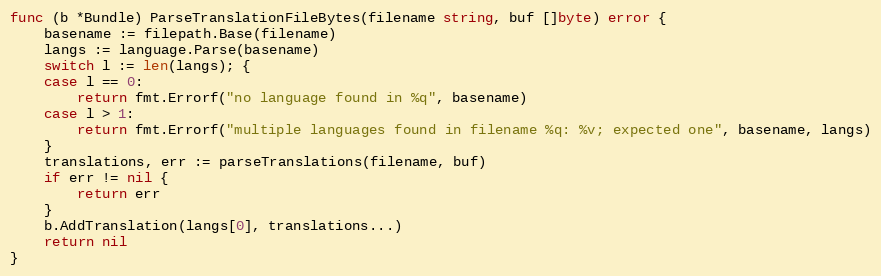
Language: Go
func (b *Bundle) ParseTranslationFileBytes(filename string, buf []byte) error {
	basename := filepath.Base(filename)
	langs := language.Parse(basename)
	switch l := len(langs); {
	case l == 0:
		return fmt.Errorf("no language found in %q", basename)
	case l > 1:
		return fmt.Errorf("multiple languages found in filename %q: %v; expected one", basename, langs)
	}
	translations, err := parseTranslations(filename, buf)
	if err != nil {
		return err
	}
	b.AddTranslation(langs[0], translations...)
	return nil
}